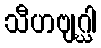
သီဟဗျဂ္ဃါ